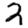
Digit: 2